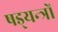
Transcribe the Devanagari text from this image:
षड्‍यन्त्रों